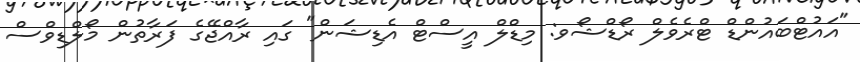
"އައުޓްބައުންޑް ޓްރެވެލް ރޯޑްޝޯވ: މިޑްލް އީސްޓް އެޑިޝަން" ގައި ރާއްޖޭގެ ފަރާތުން މޯލްޑިވްސް